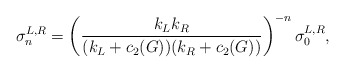
\begin{align*}\sigma_n^{L,R}=\left({k_Lk_R\over (k_L+c_2(G))(k_R+c_2(G))}\right)^{-n}\sigma^{L,R}_0,\end{align*}